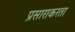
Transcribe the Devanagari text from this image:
प्रसाराकरता